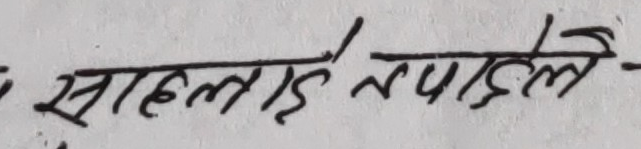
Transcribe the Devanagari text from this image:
सहलार्इ तपाइले